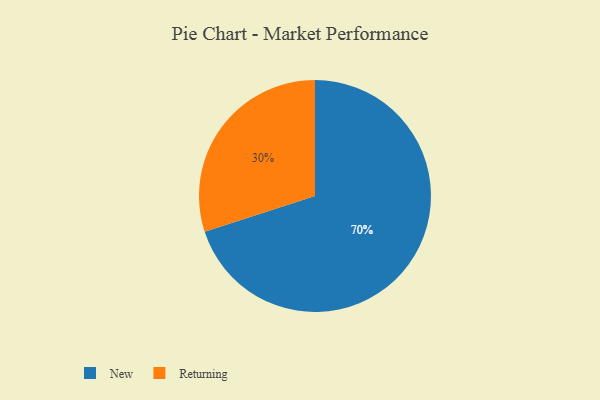
{"axis": {"x": "Category", "y": "Percentage"}, "legend": ["New", "Returning"], "data": [{"x": "Returning", "y": 30, "type": "Returning"}, {"x": "New", "y": 70, "type": "New"}]}